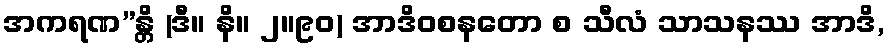
အကရဏ”န္တိ (ဒီ။ နိ။ ၂။၉၀) အာဒိဝစနတော စ သီလံ သာသနဿ အာဒိ,